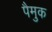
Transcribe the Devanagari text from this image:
पैमुक